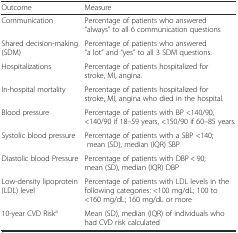
<table><thead><tr><td><b>Outcome</b></td><td><b>Measure</b></td></tr></thead><tbody><tr><td>Communication</td><td>Percentage of patients who answered “always” to all 6 communication questions</td></tr><tr><td>Shared decision-making (SDM)</td><td>Percentage of patients who answered “a lot” and “yes” to all 3 SDM questions.</td></tr><tr><td>Hospitalizations</td><td>Percentage of patients hospitalized for stroke, MI, angina.</td></tr><tr><td>In-hospital mortality</td><td>Percentage of patients hospitalized for stroke, MI, angina who died in the hospital.</td></tr><tr><td>Blood pressure</td><td>Percentage of patients with BP &lt;140/90, &lt;140/90 if 18–59 years, &lt;150/90 if 60–85 years.</td></tr><tr><td>Systolic blood pressure</td><td>Percentage of patients with a SBP &lt;140; mean (SD), median (IQR) SBP</td></tr><tr><td>Diastolic blood Pressure</td><td>Percentage of patients with DBP &lt; 90; mean (SD), median (IQR) DBP</td></tr><tr><td>Low-density lipoprotein (LDL) level</td><td>Percentage of patients with LDL levels in the following categories: &lt;100 mg/dL; 100 to &lt;160 mg/dL; 160 mg/dL or more</td></tr><tr><td>10-year CVD Risk<sup>a</sup></td><td>Mean (SD), median (IQR) of individuals who had CVD risk calculated</td></tr></tbody></table>